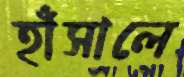
হাঁসালে